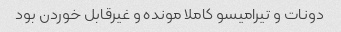
دونات و تیرامیسو کاملا مونده و غیرقابل خوردن بود